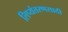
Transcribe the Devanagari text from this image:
लिप्यंतरणसाठी